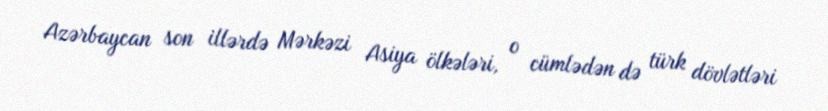
Azərbaycan son illərdə Mərkəzi Asiya ölkələri, o cümlədən də türk dövlətləri